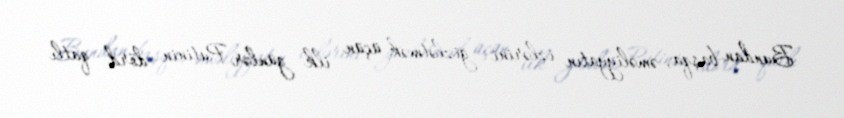
Bundan başqa, əməliyyatın izlərini gizlətmək üçün ilk günlər Putinin dörd qatlı